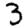
Digit: 3